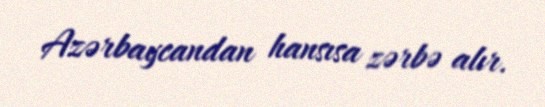
Azərbaycandan hansısa zərbə alır.